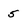
Character: 5